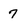
Character: 7